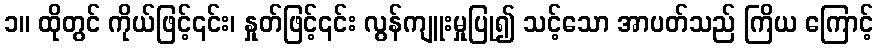
၁။ ထိုတွင် ကိုယ်ဖြင့်၎င်း၊ နှုတ်ဖြင့်၎င်း လွန်ကျူးမှုပြု၍ သင့်သော အာပတ်သည် ကြိယ ကြောင့်